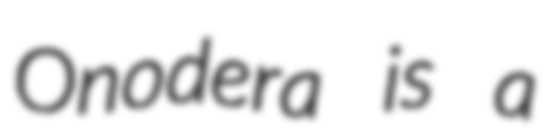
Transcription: Onodera is a